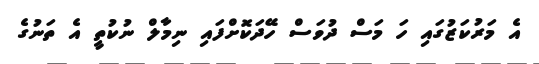
އެ މަރުކަޒުގައި ހަ މަސް ދުވަސް ހޭދަކޮށްފައި ނިމާލް ނުކުތީ އެ ތަނުގެ